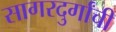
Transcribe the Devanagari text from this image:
सागरदुर्गांची